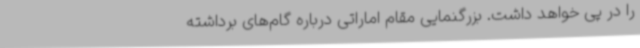
را در پی خواهد داشت. بزرگنمایی مقام اماراتی درباره گام‌های برداشته